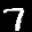
Label: 7